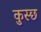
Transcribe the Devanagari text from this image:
कुस्छ